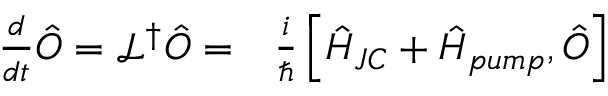
\begin{array} { r l } { \frac { d } { d t } \hat { O } = \mathcal { L } ^ { \dag } \hat { O } = } & { { } \frac { i } { \hbar } \left[ \hat { H } _ { J C } + \hat { H } _ { p u m p } , \hat { O } \right] } \end{array}